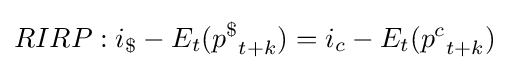
RIRP:i_{\$}-E_{t}({p^{\$}}_{t+k})=i_{c}-E_{t}({p^{c}}_{t+k})